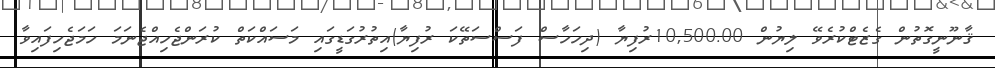
ޤާނޫނީގޮތުން ގެޒެޓްކުރެވޭ ލިޔުން 10